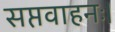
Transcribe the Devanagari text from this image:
सप्तवाहनः।